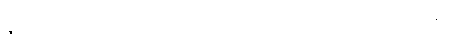
ဇာတက-ဋ္ဌ-ပ-အုပ်-၅၂။ အဘိ-၁-ဋ္ဌ-၇၁။ ဃဋိကာရ အိုးထိန်းသည်နှင့်